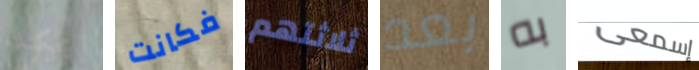
يمكنك فكانت ثلاثتهم بعد به إسمعى